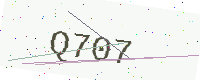
Text: Q707